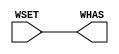
module RWire0(WHAS, WSET);
   input                    WSET;
   output                   WHAS;

   assign WHAS = WSET;

endmodule